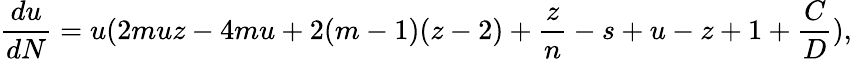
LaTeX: \frac{du}{dN}=u(2muz-4mu+2(m-1)(z-2)+\frac{z}{n}-s+u-z+1+\frac{C}{D}),